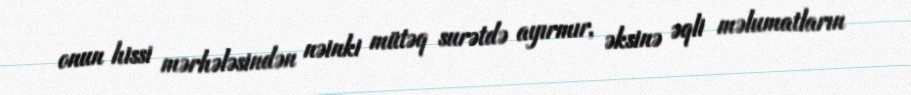
onun hissi mərhələsindən nəinki mütəq surətdə ayırmır, əksinə əqli məlumatların